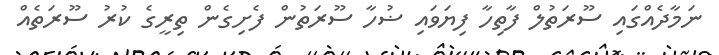
ނަމާދެއްގައި ސޫރަތުލް ފާތިހާ ފިޔަވައި ޟުހާ ސޫރަތުން ފެށިގެން ތިރީގެ ކުރު ސޫރަތެއް